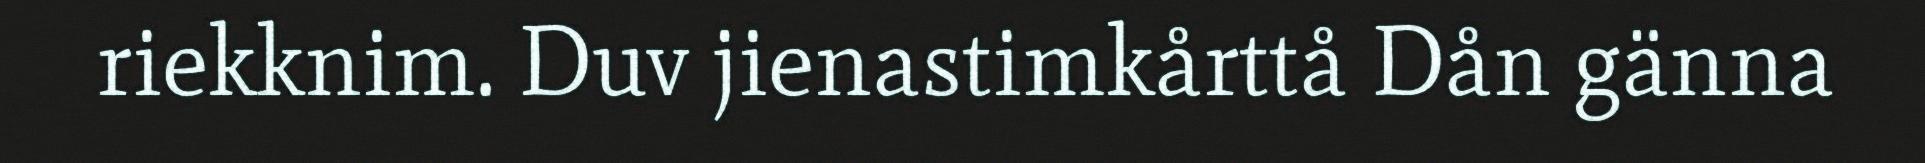
riekknim. Duv jienastimkårttå Dån gänna